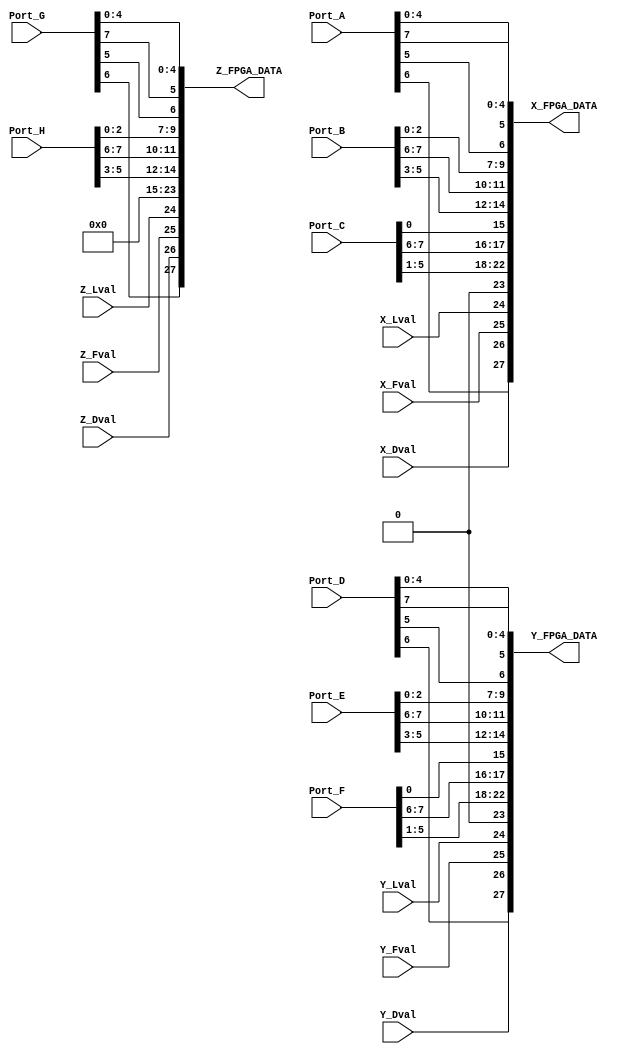
`timescale 1ns / 1ps
//////////////////////////////////////////////////////////////////////////////////
// Company: 
// Engineer: 
// 
// Design Name: 
// Module Name: cameralink_full_route
// Project Name: 
// Target Devices: 
// Tool Versions: 
// Description: cameralink
// 
// Dependencies: 
// 
// Revision:
// Revision 0.01 - File Created
// Additional Comments:
// 
//////////////////////////////////////////////////////////////////////////////////


module Cameralink_Route_Module (
    //base
    input  [ 7:0] Port_A,
    input  [ 7:0] Port_B,
    input  [ 7:0] Port_C,
    input         X_Fval,
    input         X_Lval,
    input         X_Dval,
    //medium
    input  [ 7:0] Port_D,
    input  [ 7:0] Port_E,
    input  [ 7:0] Port_F,
    input         Y_Fval,
    input         Y_Lval,
    input         Y_Dval,
    //full
    input  [ 7:0] Port_G,
    input  [ 7:0] Port_H,
    input         Z_Fval,
    input         Z_Lval,
    input         Z_Dval,
    //out
    output [27:0] X_FPGA_DATA,
    output [27:0] Y_FPGA_DATA,
    output [27:0] Z_FPGA_DATA

);
  assign X_FPGA_DATA[0]  = Port_A[0];
  assign X_FPGA_DATA[1]  = Port_A[1];
  assign X_FPGA_DATA[2]  = Port_A[2];
  assign X_FPGA_DATA[3]  = Port_A[3];
  assign X_FPGA_DATA[4]  = Port_A[4];
  assign X_FPGA_DATA[6]  = Port_A[5];
  assign X_FPGA_DATA[27] = Port_A[6];
  assign X_FPGA_DATA[5]  = Port_A[7];
  assign X_FPGA_DATA[7]  = Port_B[0];
  assign X_FPGA_DATA[8]  = Port_B[1];
  assign X_FPGA_DATA[9]  = Port_B[2];
  assign X_FPGA_DATA[12] = Port_B[3];
  assign X_FPGA_DATA[13] = Port_B[4];
  assign X_FPGA_DATA[14] = Port_B[5];
  assign X_FPGA_DATA[10] = Port_B[6];
  assign X_FPGA_DATA[11] = Port_B[7];
  assign X_FPGA_DATA[15] = Port_C[0];
  assign X_FPGA_DATA[18] = Port_C[1];
  assign X_FPGA_DATA[19] = Port_C[2];
  assign X_FPGA_DATA[20] = Port_C[3];
  assign X_FPGA_DATA[21] = Port_C[4];
  assign X_FPGA_DATA[22] = Port_C[5];
  assign X_FPGA_DATA[16] = Port_C[6];
  assign X_FPGA_DATA[17] = Port_C[7];

  assign X_FPGA_DATA[23] = 1'b0;
  assign X_FPGA_DATA[24] = X_Lval;
  assign X_FPGA_DATA[25] = X_Fval;
  assign X_FPGA_DATA[26] = X_Dval;

  assign Y_FPGA_DATA[0]  = Port_D[0];
  assign Y_FPGA_DATA[1]  = Port_D[1];
  assign Y_FPGA_DATA[2]  = Port_D[2];
  assign Y_FPGA_DATA[3]  = Port_D[3];
  assign Y_FPGA_DATA[4]  = Port_D[4];
  assign Y_FPGA_DATA[6]  = Port_D[5];
  assign Y_FPGA_DATA[27] = Port_D[6];
  assign Y_FPGA_DATA[5]  = Port_D[7];
  assign Y_FPGA_DATA[7]  = Port_E[0];
  assign Y_FPGA_DATA[8]  = Port_E[1];
  assign Y_FPGA_DATA[9]  = Port_E[2];
  assign Y_FPGA_DATA[12] = Port_E[3];
  assign Y_FPGA_DATA[13] = Port_E[4];
  assign Y_FPGA_DATA[14] = Port_E[5];
  assign Y_FPGA_DATA[10] = Port_E[6];
  assign Y_FPGA_DATA[11] = Port_E[7];
  assign Y_FPGA_DATA[15] = Port_F[0];
  assign Y_FPGA_DATA[18] = Port_F[1];
  assign Y_FPGA_DATA[19] = Port_F[2];
  assign Y_FPGA_DATA[20] = Port_F[3];
  assign Y_FPGA_DATA[21] = Port_F[4];
  assign Y_FPGA_DATA[22] = Port_F[5];
  assign Y_FPGA_DATA[16] = Port_F[6];
  assign Y_FPGA_DATA[17] = Port_F[7];

  assign Y_FPGA_DATA[23] = 1'b0;
  assign Y_FPGA_DATA[24] = Y_Lval;
  assign Y_FPGA_DATA[25] = Y_Fval;
  assign Y_FPGA_DATA[26] = Y_Dval;

  assign Z_FPGA_DATA[0]  = Port_G[0];
  assign Z_FPGA_DATA[1]  = Port_G[1];
  assign Z_FPGA_DATA[2]  = Port_G[2];
  assign Z_FPGA_DATA[3]  = Port_G[3];
  assign Z_FPGA_DATA[4]  = Port_G[4];
  assign Z_FPGA_DATA[6]  = Port_G[5];
  assign Z_FPGA_DATA[27] = Port_G[6];
  assign Z_FPGA_DATA[5]  = Port_G[7];
  assign Z_FPGA_DATA[7]  = Port_H[0];
  assign Z_FPGA_DATA[8]  = Port_H[1];
  assign Z_FPGA_DATA[9]  = Port_H[2];
  assign Z_FPGA_DATA[12] = Port_H[3];
  assign Z_FPGA_DATA[13] = Port_H[4];
  assign Z_FPGA_DATA[14] = Port_H[5];
  assign Z_FPGA_DATA[10] = Port_H[6];
  assign Z_FPGA_DATA[11] = Port_H[7];
  assign Z_FPGA_DATA[15] = 1'b0;
  assign Z_FPGA_DATA[18] = 1'b0;
  assign Z_FPGA_DATA[19] = 1'b0;
  assign Z_FPGA_DATA[20] = 1'b0;
  assign Z_FPGA_DATA[21] = 1'b0;
  assign Z_FPGA_DATA[22] = 1'b0;
  assign Z_FPGA_DATA[16] = 1'b0;
  assign Z_FPGA_DATA[17] = 1'b0;

  assign Z_FPGA_DATA[23] = 1'b0;
  assign Z_FPGA_DATA[24] = Z_Lval;
  assign Z_FPGA_DATA[25] = Z_Fval;
  assign Z_FPGA_DATA[26] = Z_Dval;

endmodule